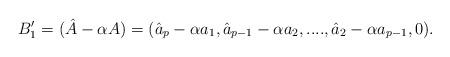
LaTeX: \begin{align*}B'_1=(\hat{A}-\alpha A)=(\hat{a}_p-\alpha a_1, \hat{a}_{p-1}-\alpha a_2,....,\hat{a}_2-\alpha a_{p-1}, 0).\end{align*}